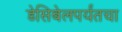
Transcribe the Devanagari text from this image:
डेसिबेलपर्यंतचा